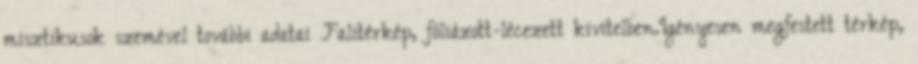
misztikusok szemével további adatai Falitérkép, fóliázott-lécezett kivitelben.Igényesen megfestett térkép,